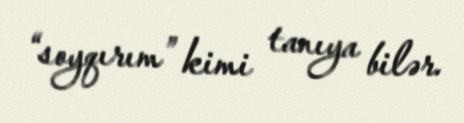
“soyqırım” kimi tanıya bilər.